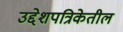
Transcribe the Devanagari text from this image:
उद्देशपत्रिकेतील